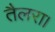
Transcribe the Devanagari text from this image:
तैलरा।